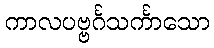
ကာလပဗ္ဗင်္ဂသင်္ကာသော